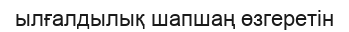
ылғалдылық шапшаң өзгеретін